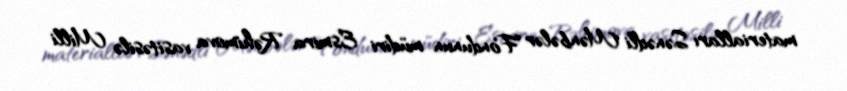
materialları Sənədli Mənbələr Fondunun müdiri Esmira Rəhimova vasitəsilə Milli